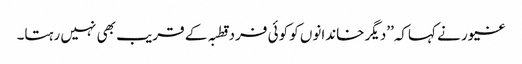
غیور نے کہاکہ’’دیگر خاندانوں کو کوئی فرد قطبہ کے قریب بھی نہیں رہتا۔